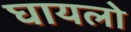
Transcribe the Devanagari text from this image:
घायलो